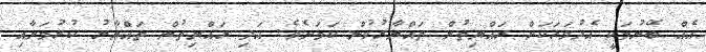
އެއް ބޭނުމަކީ އެދުވަހަކަށް ރައްޔިތުން ތައްޔާރުވުން ކަމަށެވެ. އަދި ރައްޔިތުން ތައްޔާރު ކުރުމަށާއި